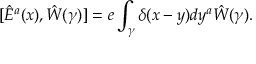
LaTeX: [ \hat { E } ^ { a } ( x ) , \hat { W } ( \gamma ) ] = e \int _ { \gamma } \delta ( x - y ) d y ^ { a } \hat { W } ( \gamma ) .